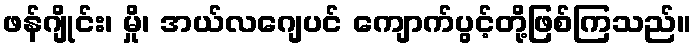
ဖန်ဂျိုင်း၊ မှို၊ အယ်လဂျေပင် ကျောက်ပွင့်တို့ဖြစ်ကြသည်။